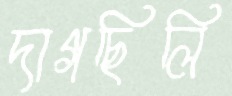
দাগছিলি